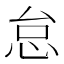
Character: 怠